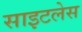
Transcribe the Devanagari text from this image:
साइटलेस